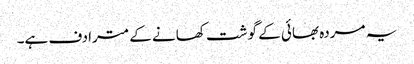
یہ مردہ بھائی کے گوشت کھانے کے مترادف ہے۔